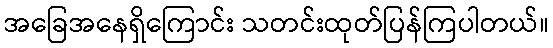
အခြေအနေရှိကြောင်း သတင်းထုတ်ပြန်ကြပါတယ်။